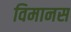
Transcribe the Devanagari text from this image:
विमानस